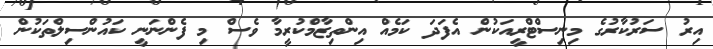
އިރު ސަރުކާރުގެ މިނިސްޓްރީއަކުން އެފަދަ ކަމެއް އިންތިޒާމްކުރީމާ ވެސް މި ފެންނަނީ ކައުންސިލްތަކުން